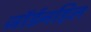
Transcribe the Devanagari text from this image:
जॉर्डनहिल